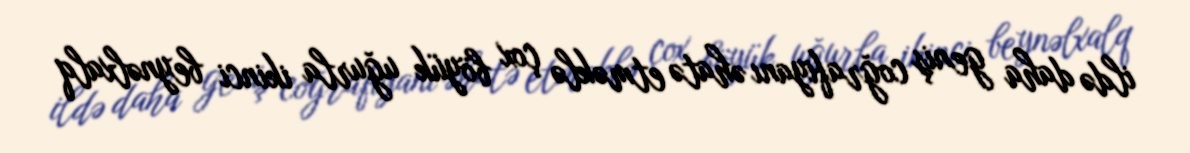
ildə daha geniş coğrafiyanı əhatə etməklə çox böyük uğurla ikinci beynəlxalq